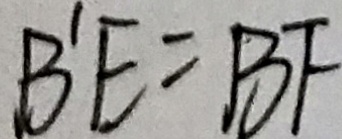
B ^ { \prime } E = B F